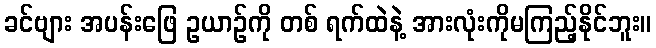
ခင်ဗျား အပန်းဖြေ ဥယာဉ်ကို တစ် ရက်ထဲနဲ့ အားလုံးကိုမကြည့်နိုင်ဘူး။